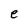
Character: e